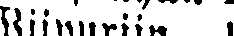
Wiipuriin 1